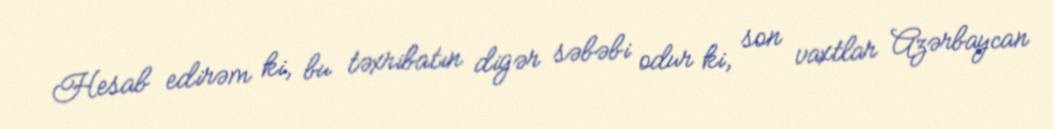
Hesab edirəm ki, bu təxribatın digər səbəbi odur ki, son vaxtlar Azərbaycan